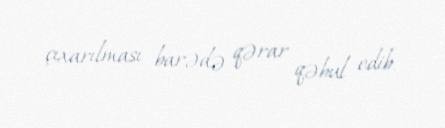
çıxarılması barədə qərar qəbul edib.